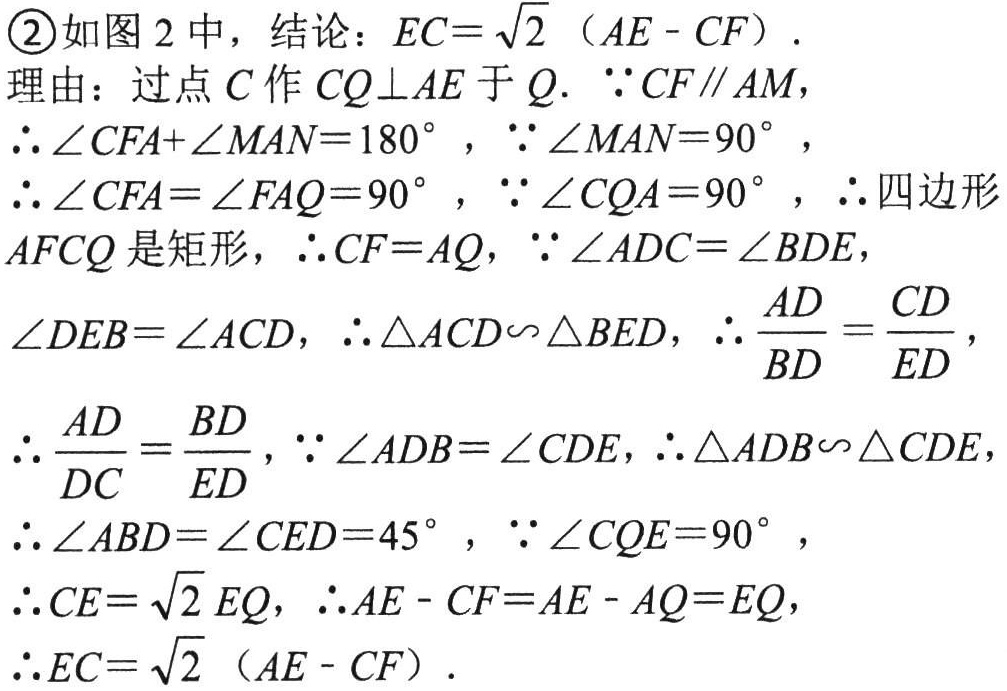
\textcircled{2}如图 2 中，结论：\(EC = \sqrt{2}(AE - CF)\).

理由：过点\(C\)作\(CQ\perp AE\)于\(Q\). \(\because CF\parallel AM\)，

\(\therefore \angle CFA+\angle MAN = 180^{\circ}\)，\(\because \angle MAN = 90^{\circ}\)，

\(\therefore \angle CFA=\angle FAQ = 90^{\circ}\)，\(\because \angle CQA = 90^{\circ}\)，\(\therefore\)四边形

\(AFCQ\)是矩形，\(\therefore CF = AQ\)，\(\because \angle ADC=\angle BDE\)，

\(\angle DEB=\angle ACD\)，\(\therefore \triangle ACD\sim\triangle BED\)，\(\therefore \frac{AD}{BD}=\frac{CD}{ED}\)，

\(\therefore \frac{AD}{DC}=\frac{BD}{ED}\)，\(\because \angle ADB=\angle CDE\)，\(\therefore \triangle ADB\sim\triangle CDE\)，

\(\therefore \angle ABD=\angle CED = 45^{\circ}\)，\(\because \angle CQE = 90^{\circ}\)，

\(\therefore CE=\sqrt{2}EQ\)，\(\therefore AE - CF = AE - AQ = EQ\)，

\(\therefore EC=\sqrt{2}(AE - CF)\).